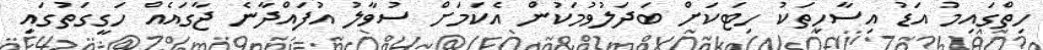
ހިތްގައިމު އަޑު އިސާހިތަކު ހިޓަކަށް ބަދަލުވުމަކުން އެކަމަށް ސުވާލު އުފައްދާނެ ޖާގައެއް ހަގީގަތުގައި